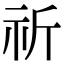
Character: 祈